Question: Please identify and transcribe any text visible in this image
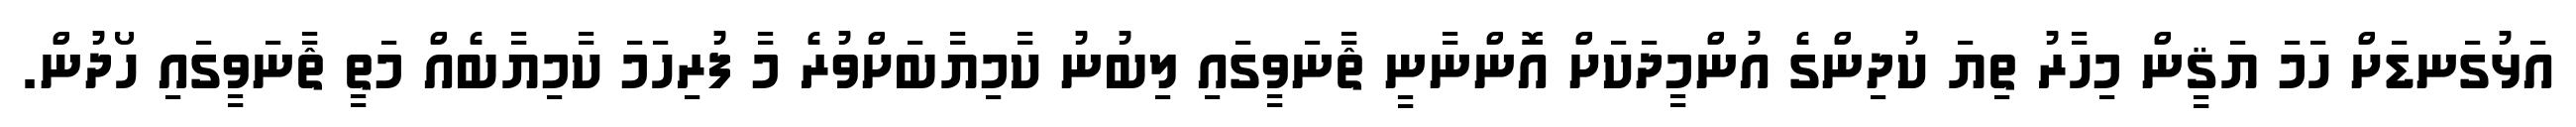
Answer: އަޅުގަނޑަށް ހަމަ ޔަޤީން މިހާރު ތިޔަ ކުދިންގެ އުންމީދަކަށް އޮންނާނީ ޘާނަވީގައި ލިބުނު ކާމިޔާބަށްވުރެ މާ ފުރިހަމަ ކާމިޔާބެއް މަތީ ޘާނަވީގައި ހޯދުން.